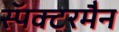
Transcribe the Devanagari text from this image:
स्पॅक्टरमैन